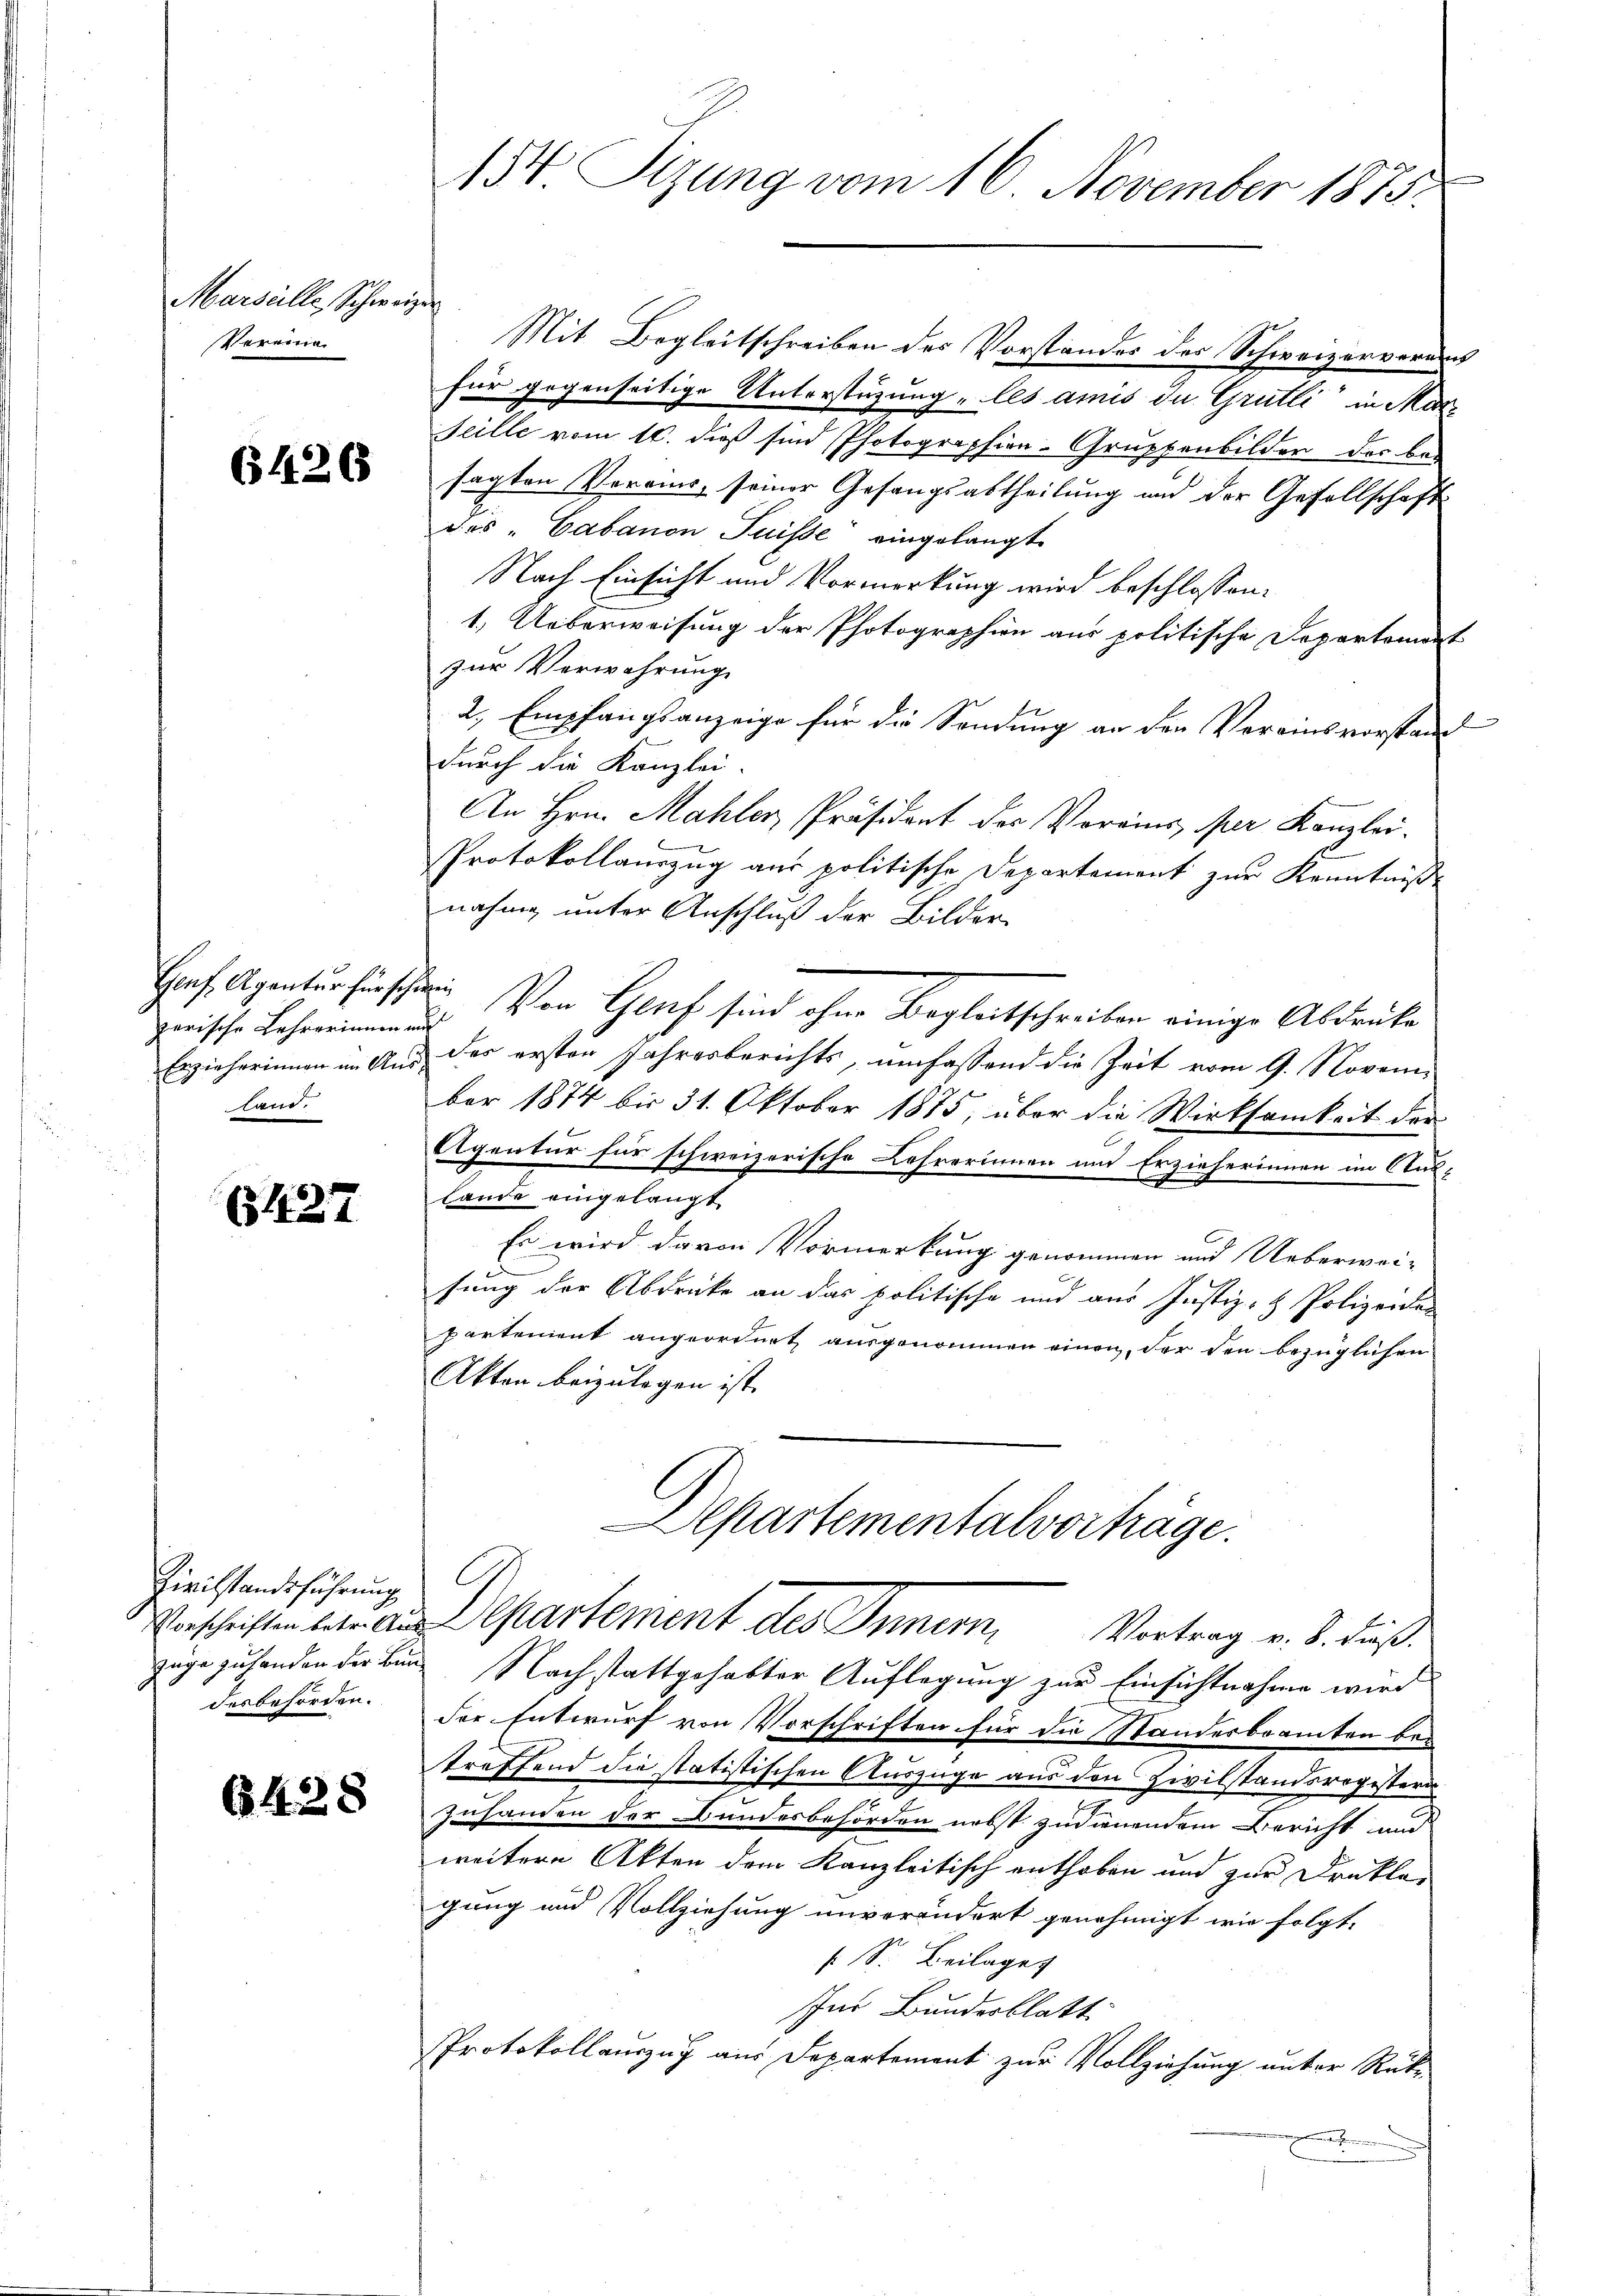
Marseille, Schweizer
Vereinig

6426

parische Lehrerinnen auf
land.

(127

Zivilstandsführung

6428

154 Sizung vom 16. November 1875.

Mit Begleitschreiben des Vorstandes der Schweizerverans
für gegenseitige Unterstüzung „les amis de Grütli in Mar¬
Seille vom 16. dieß sind Photographien-Gruppenbilder der bei
sagten Vereins, seiner Gesangsabtheilung und der Gesellschaft
des „Cabanon Suisse eingelangt
Nach Einsicht und Vormerkung wird beschlossen:
1.) Ueberweisung der Photographien aus politische Departemont
zur Verwahrung
2, Empfangsanzeige für die Sendung an den Vereinsvorstand
durch die Kanzlei.
An Hrn. Mahler, Präsident der Vorains, per Kanzlei.
Protokollauszug aus politische Departement zur Kenntniße
nahme unter Anschluß der Bilder
Graf Agentur fürschen. Von Geret sind ohne Begleitschreiben einige Abdrüke
Erzieherinnen in Aus des ersten Jahresberichts, umfassend die Zeit vom 9. Novem-
ber 1874 bis 31. Oktober 1875, über die Wirksamkeit der
Agentur für schweizerische Lehrerinnen und Erzieherinnen im Aus¬
Lande eingelangt
Es wird davon Vormerkung genommen und Ueberwei-
fung der Abdrücke an das politische und aus Justiz- & Polizeiden
partenient angeordnet ausgenommen einen, der den bezüglichen
Akten beizulegen ist.
Aepartementalvorträge.
Vorschriften betreu Departement des Innern, Vortrag v. 8. dieß.
züge zu handen der Bund Nachstattgehabter Auflegung zur Einsichtnahme wird
desbehörden. Der Entwurf von Vorschriften für die Standesbeamten be-
treffend die statistischen Auszüge aus den Civilstandsregistern
zuhanden der Bundesbehörden nebst zudienendem Bericht und
weitere Akten dem Kanzleitisch enthoben und zur Drukla-
gung und Vollziehung unverändert genehmigt wie folgt,
 S. Beilage
Inr Bundesblatt
Protokollauszug aus Departement zur Vollziehung unter Rück-
.